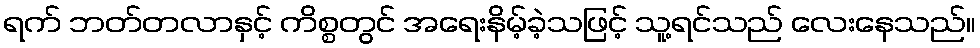
ရက် ဘတ်တလာနှင့် ကိစ္စတွင် အရေးနိမ့်ခဲ့သဖြင့် သူ့ရင်သည် လေးနေသည်။